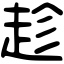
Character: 趁